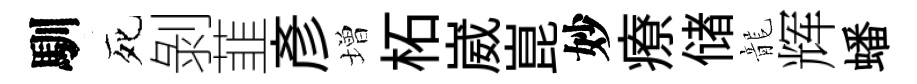
馴死剝韮彥増柘崴崑妙療储龍辉蟠